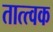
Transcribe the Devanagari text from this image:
तात्त्वक